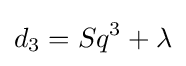
d_{3}=Sq^{3}+\lambda